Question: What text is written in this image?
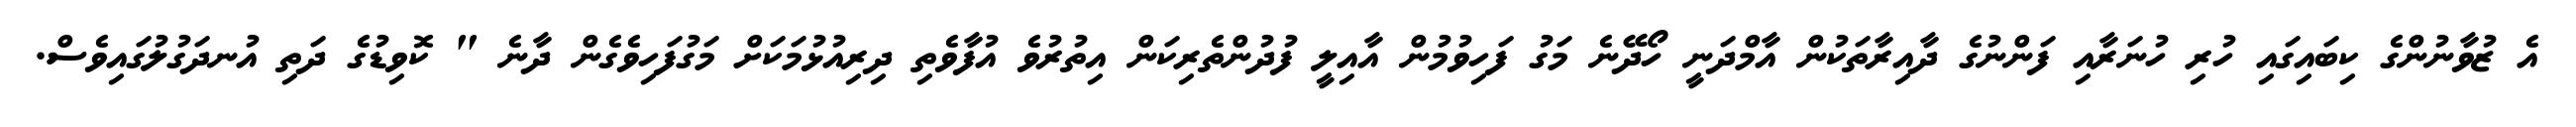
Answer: އެ ޒުވާނުންގެ ކިބައިގައި ހުރި ހުނަރާއި ފަންނުގެ ދާއިރާތަކުން އާމްދަނީ ހޯދޭނެ މަގު ފަހިވުމުން އާއިލީ ފުދުންތެރިކަން އިތުރުވެ އުފާވެތި ދިރިއުޅުމަކަށް މަގުފަހިވެގެން ދާނެ " ކޮވިޑުގެ ދަތި އުނދަގުލުގައިވެސް.